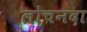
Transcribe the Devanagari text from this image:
लोचनदा